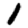
Digit: 1